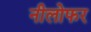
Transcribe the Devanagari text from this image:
नीलोफर